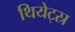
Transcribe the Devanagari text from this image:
थियेट्स्र